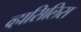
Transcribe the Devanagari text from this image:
व्हासिलिस